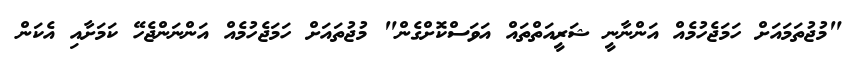
"މުޖުތަމައަށް ހަމަޖެހުމެއް އަންނާނީ ޝަރީއަތްތައް އަވަސްކޮށްގެން" މުޖުތައަަށް ހަމަޖެހުމެއް އަންނަންޖެހޭ ކަމަށާއި އެކަން